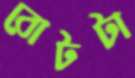
বোটটা